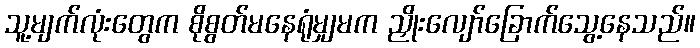
သူ့မျက်လုံးတွေက စိုစွတ်မနေရုံမျှမက ညှိုးလျော်ခြောက်သွေ့နေသည်။